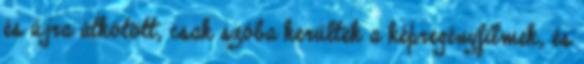
és újra átkötött, csak szóba kerültek a képregényfilmek, és